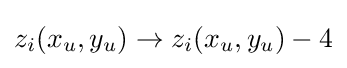
z_{i}(x_{u},y_{u})\rightarrow z_{i}(x_{u},y_{u})-4